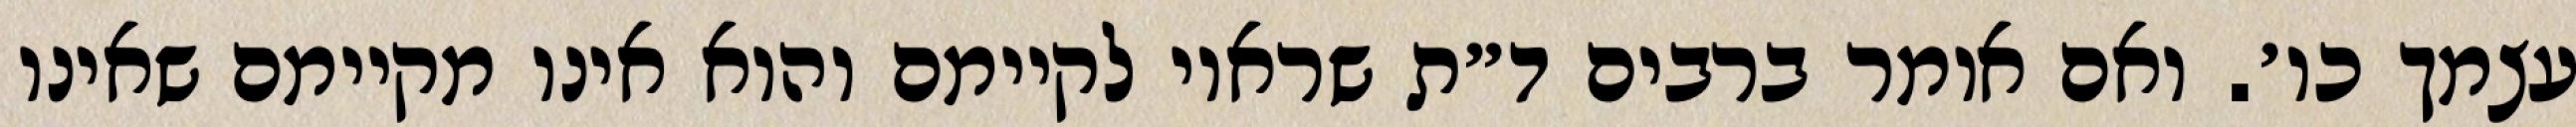
עצמך כו׳. ואם אומר ברבים ד״ת שראוי לקיימם והוא אינו מקיימם שאינו